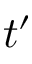
t ^ { \prime }